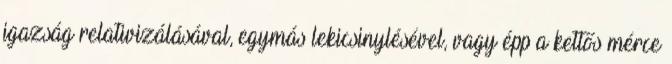
igazság relativizálásával, egymás lekicsinylésével, vagy épp a kettős mérce